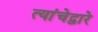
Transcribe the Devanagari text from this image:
त्यांचेद्वारे